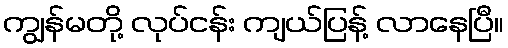
ကျွန်မတို့ လုပ်ငန်း ကျယ်ပြန့် လာနေပြီ။